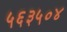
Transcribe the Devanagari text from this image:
५६३५०४